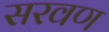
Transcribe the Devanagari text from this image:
सरवण